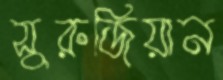
সুরুজিয়ান